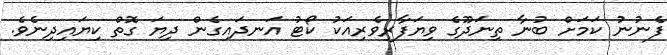
ފެނުނު ކަމަށް ބުނާ ތިނަދޫގެ ވިޔަފާރިވެރިއަކު ކޯޓު އަނދައިގެން ދިޔަ ގޮތް ކިޔައިދިނެވެ.